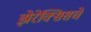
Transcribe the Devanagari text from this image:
झेरेक्सिसचे